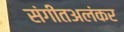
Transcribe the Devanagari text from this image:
संगीतअलंकर